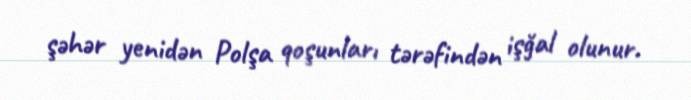
şəhər yenidən Polşa qoşunları tərəfindən işğal olunur.